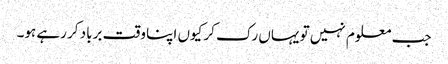
جب معلوم نہیں تو یہاں رک کر کیوں اپنا وقت برباد کر رہے ہو۔